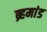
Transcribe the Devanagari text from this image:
ब्र्हमांड